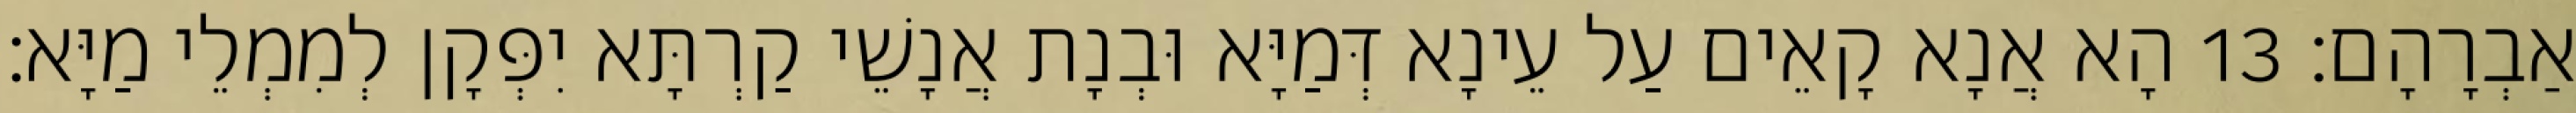
אַבְרָהָם׃ 13 הָא אֲנָא קָאֵים עַל עֵינָא דְּמַיָּא וּבְנָת אֲנָשֵׁי קַרְתָּא יִפְּקָן לְמִמְלֵי מַיָּא׃